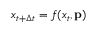
x _ { t + \Delta t } = f ( x _ { t } , \mathbf { p } )